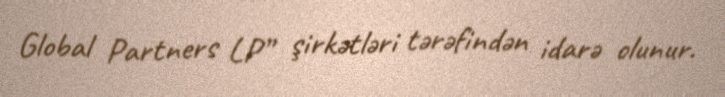
Global Partners LP” şirkətləri tərəfindən idarə olunur.